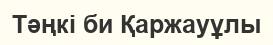
Тәңкі би Қаржауұлы